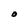
Character: O